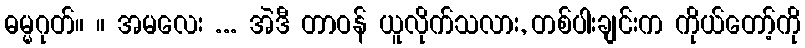
ဓမ္မဂုတ်။ ။ အမလေး ... အဲဒီ တာဝန် ယူလိုက်သလား, တစ်ပါးချင်းက ကိုယ်တော့်ကို